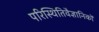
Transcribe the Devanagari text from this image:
परिस्थितिवैज्ञानिकों